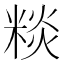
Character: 䊏